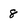
Character: 8